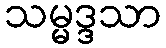
သမ္မဒ္ဒသာ